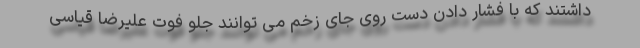
داشتند که با فشار دادن دست روی جای زخم می توانند جلو فوت علیرضا قیاسی